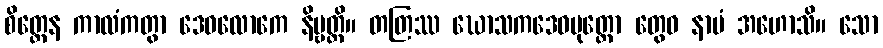
စိတ္တေန ကာလံကတွာ ဒေဝလောကေ နိဗ္ဗတ္တိ။ တတြဿ ဃောသကဒေဝပုတ္တော တွေဝ နာမံ အဟောသိ။ သော